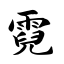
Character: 霓